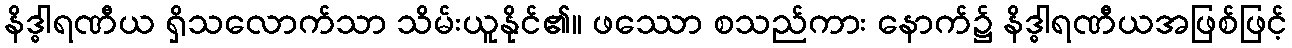
နိဒ္ဓါရဏီယ ရှိသလောက်သာ သိမ်းယူနိုင်၏။ ဖဿော စသည်ကား နောက်၌ နိဒ္ဓါရဏီယအဖြစ်ဖြင့်